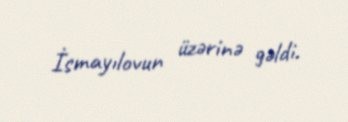
İsmayılovun üzərinə gəldi.